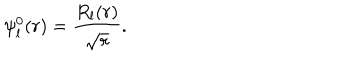
\psi _ { l } ^ { 0 } ( r ) = \frac { R _ { l } ( r ) } { \sqrt { r } } .